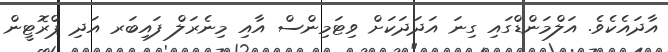
އާދައެކެވެ. އަލްމަންޑްގައި ގިނަ އަދަދަކަށް ވިޓަމިންސް އާއި މިނެރަލް ފައިބަރ އަދި ޕްރޮޓީން